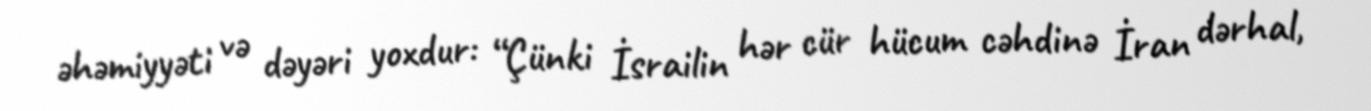
əhəmiyyəti və dəyəri yoxdur: “Çünki İsrailin hər cür hücum cəhdinə İran dərhal,